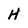
Character: H